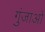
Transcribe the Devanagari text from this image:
गुंजाओ